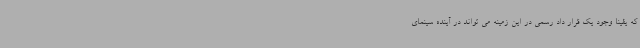
که یقینا وجود یک قرار داد رسمی در این زمینه می تواند در آینده سینمای